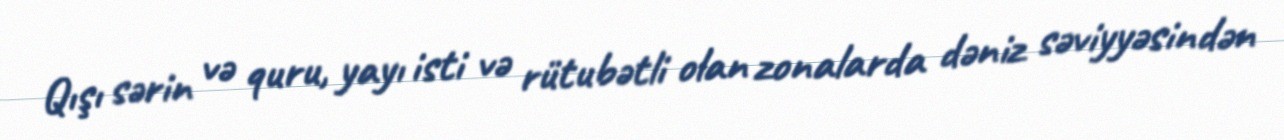
Qışı sərin və quru, yayı isti və rütubətli olan zonalarda dəniz səviyyəsindən